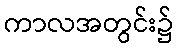
ကာလအတွင်း၌